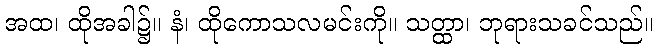
အထ၊ ထိုအခါ၌။ နံ၊ ထိုကောသလမင်းကို။ သတ္ထာ၊ ဘုရားသခင်သည်။